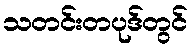
သတင်းတပုဒ်တွင်